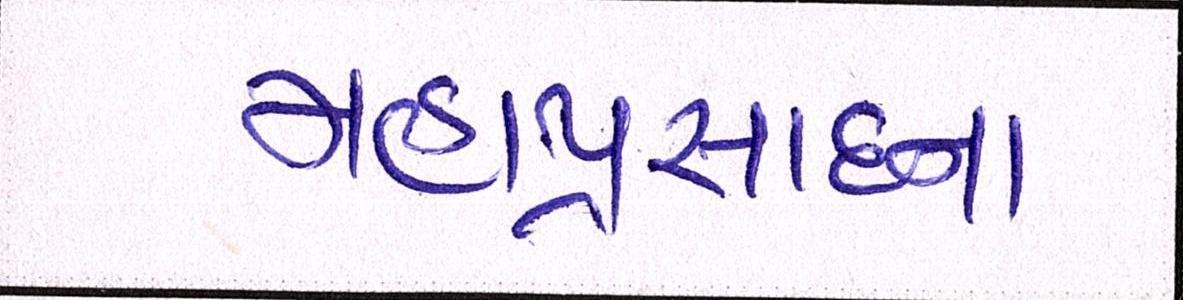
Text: મહાપ્રસાદના